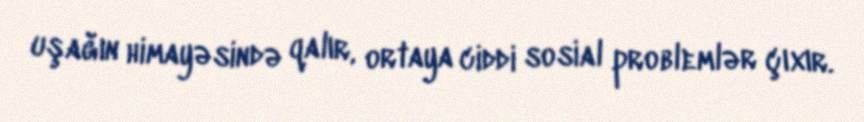
uşağın himayəsində qalır, ortaya ciddi sosial problemlər çıxır.